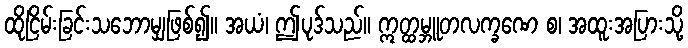
ထိုငြိမ်းခြင်းသဘောမျှဖြစ်၍။ အယံ၊ ဤပုဒ်သည်။ ဣတ္ထမ္ဘူတလက္ခဏေ စ၊ အထူးအပြားသို့